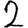
Digit: 2